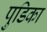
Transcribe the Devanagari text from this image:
पुडिका